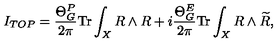
I _ { T O P } = \frac { \Theta _ { G } ^ { P } } { 2 \pi } \mathrm { T r } \int _ { X } R \wedge R + i \frac { \Theta _ { G } ^ { E } } { 2 \pi } \mathrm { T r } \int _ { X } R \wedge \widetilde { R } ,